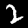
Label: 2